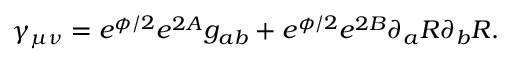
\gamma _ { \mu \nu } = e ^ { \phi / 2 } e ^ { 2 A } g _ { a b } + e ^ { \phi / 2 } e ^ { 2 B } \partial _ { a } R \partial _ { b } R .